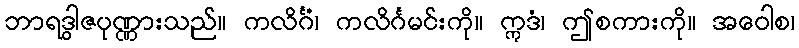
ဘာရဒွါဇပုဏ္ဏားသည်။ ကလိင်္ဂံ၊ ကလိင်္ဂမင်းကို။ ဣဒံ၊ ဤစကားကို။ အဝေါစ၊